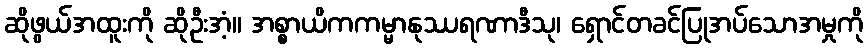
ဆိုဖွယ်အထူးကို ဆိုဦးအံ့။ အစ္စာယိကကမ္မာနုဿရဏာဒီသု၊ ရှောင်တခင်ပြုအပ်သောအမှုကို